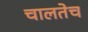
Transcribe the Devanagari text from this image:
चालतेच